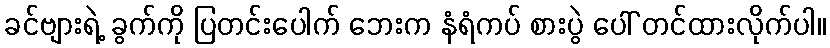
ခင်ဗျားရဲ့ ခွက်ကို ပြတင်းပေါက် ဘေးက နံရံကပ် စားပွဲ ပေါ် တင်ထားလိုက်ပါ။